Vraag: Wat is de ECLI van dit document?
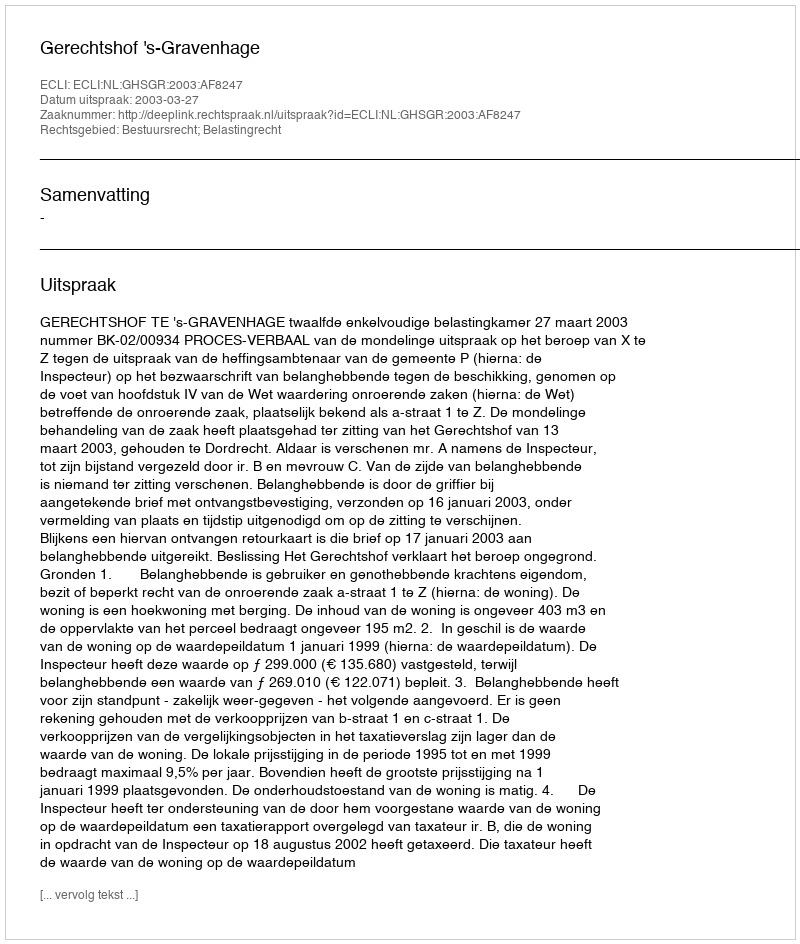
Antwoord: ECLI:NL:GHSGR:2003:AF8247